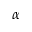
\alpha